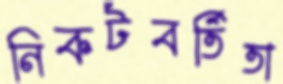
নিকটবর্তিতা